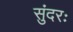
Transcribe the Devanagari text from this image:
सुंदरः